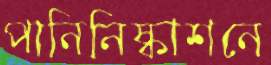
পানিনিষ্কাশনে